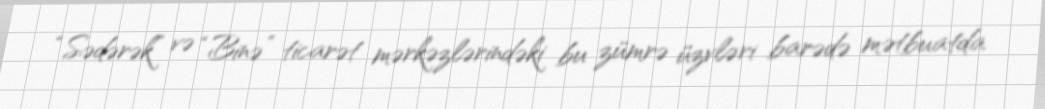
“Sədərək” və “Binə” ticarət mərkəzlərindəki bu zümrə üzvləri barədə mətbuatda